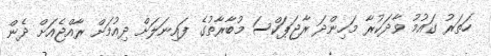
ހަތަރު ގައުމު ވާދަކުރާ މަހިންދަ ރާޖަޕަކްސަ މުބާރާތުގެ ފައިނަލަށް ދިއުމަށް ރާއްޖެއަށް ދެން